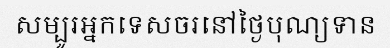
សម្បូរអ្នកទេសចរនៅថ្ងៃបុណ្យទាន